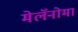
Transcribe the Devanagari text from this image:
मेलॅनोमा